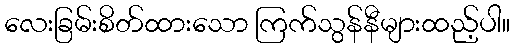
လေးခြမ်းစိတ်ထားသော ကြက်သွန်နီများထည့်ပါ။